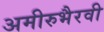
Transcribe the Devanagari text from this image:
अमीरुभैरवी